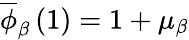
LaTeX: \overline{{\phi}}_{\beta}\left(1\right)=1+\mu_{\beta}